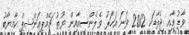
ވާޑު އާއި ޖެރާޑަކީ 2012 ވަނަ އަހަރު ވެލެންސިއާއިން ޔޫތު ޗެމްޕިއަންޝިޕް ކާމިޔާބު